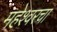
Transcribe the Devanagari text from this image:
महेश्वरचा